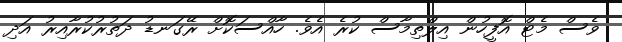
ވެސް މެޓް އޮފީހުން އިލްތިމާސް ކުރެ އެވެ. ހާއްސަކޮށް ރޭގަނޑު ދަތުރުކުރާއިރު އަދި